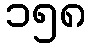
၁၅၈